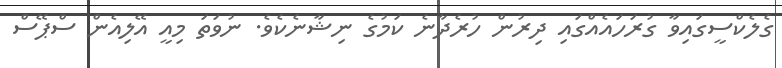
ގެލެކްސީގައިވާ ގުރަހައެއްގައި ދިރުން ހުރެދާނެ ކަމުގެ ނިޝާނެކެވެ. ނުވަތަ މިއީ އޭލިއެން ސްޕޭސް